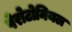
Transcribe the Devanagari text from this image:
पेरोटोनियल